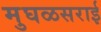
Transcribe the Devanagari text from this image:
मुघळसराई